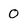
Character: o